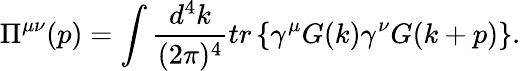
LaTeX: \Pi^{\mu\nu}(p)=\int\frac{d^{4}k}{(2\pi)^{4}}tr\left\{ \gamma^{\mu}G(k)\gamma^{\nu}G(k+p)\right\} .